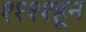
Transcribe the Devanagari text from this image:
११११हून